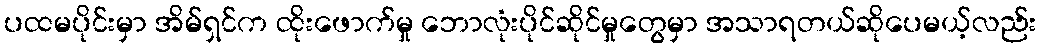
ပထမပိုင်းမှာ အိမ်ရှင်က ထိုးဖောက်မှု ဘောလုံးပိုင်ဆိုင်မှုတွေမှာ အသာရတယ်ဆိုပေမယ့်လည်း